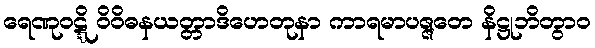
ရေဏုဝဋ္ဋိ ဝိဝိဓနယတ္တာဒိဟေတုနာ ကာရမာပဇ္ဇတေ နိဋ္ဌုဘိတွာဝ